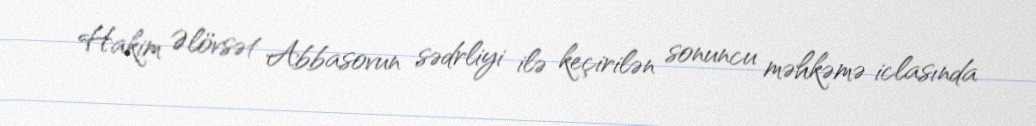
Hakim Əlövsət Abbasovun sədrliyi ilə keçirilən sonuncu məhkəmə iclasında